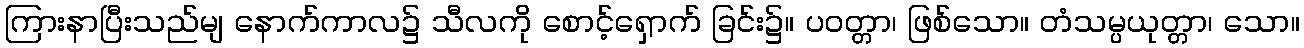
ကြားနာပြီးသည်မျ နောက်ကာလ၌ သီလကို စောင့်ရှောက် ခြင်း၌။ ပဝတ္တာ၊ ဖြစ်သော။ တံသမ္ပယုတ္တာ၊ သော။